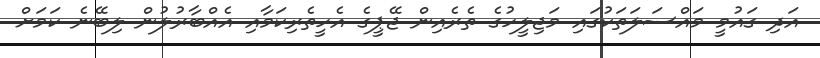
އަދި ގައުމީ މައްސަލަތަކުގައި މަޖިލީހުގެ ތެރެއިން ޖޭޕީގެ އެހީތެރިކަމާއި އެއްބާރުލުން ލިބޭނެ ކަމަށް